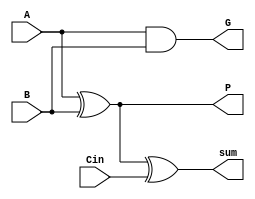
module CLA_b_cell (
    input wire A, B, Cin,
    output wire G, P, sum
);

assign G = A & B;
assign P = A ^ B;
assign sum = P ^ Cin;




endmodule